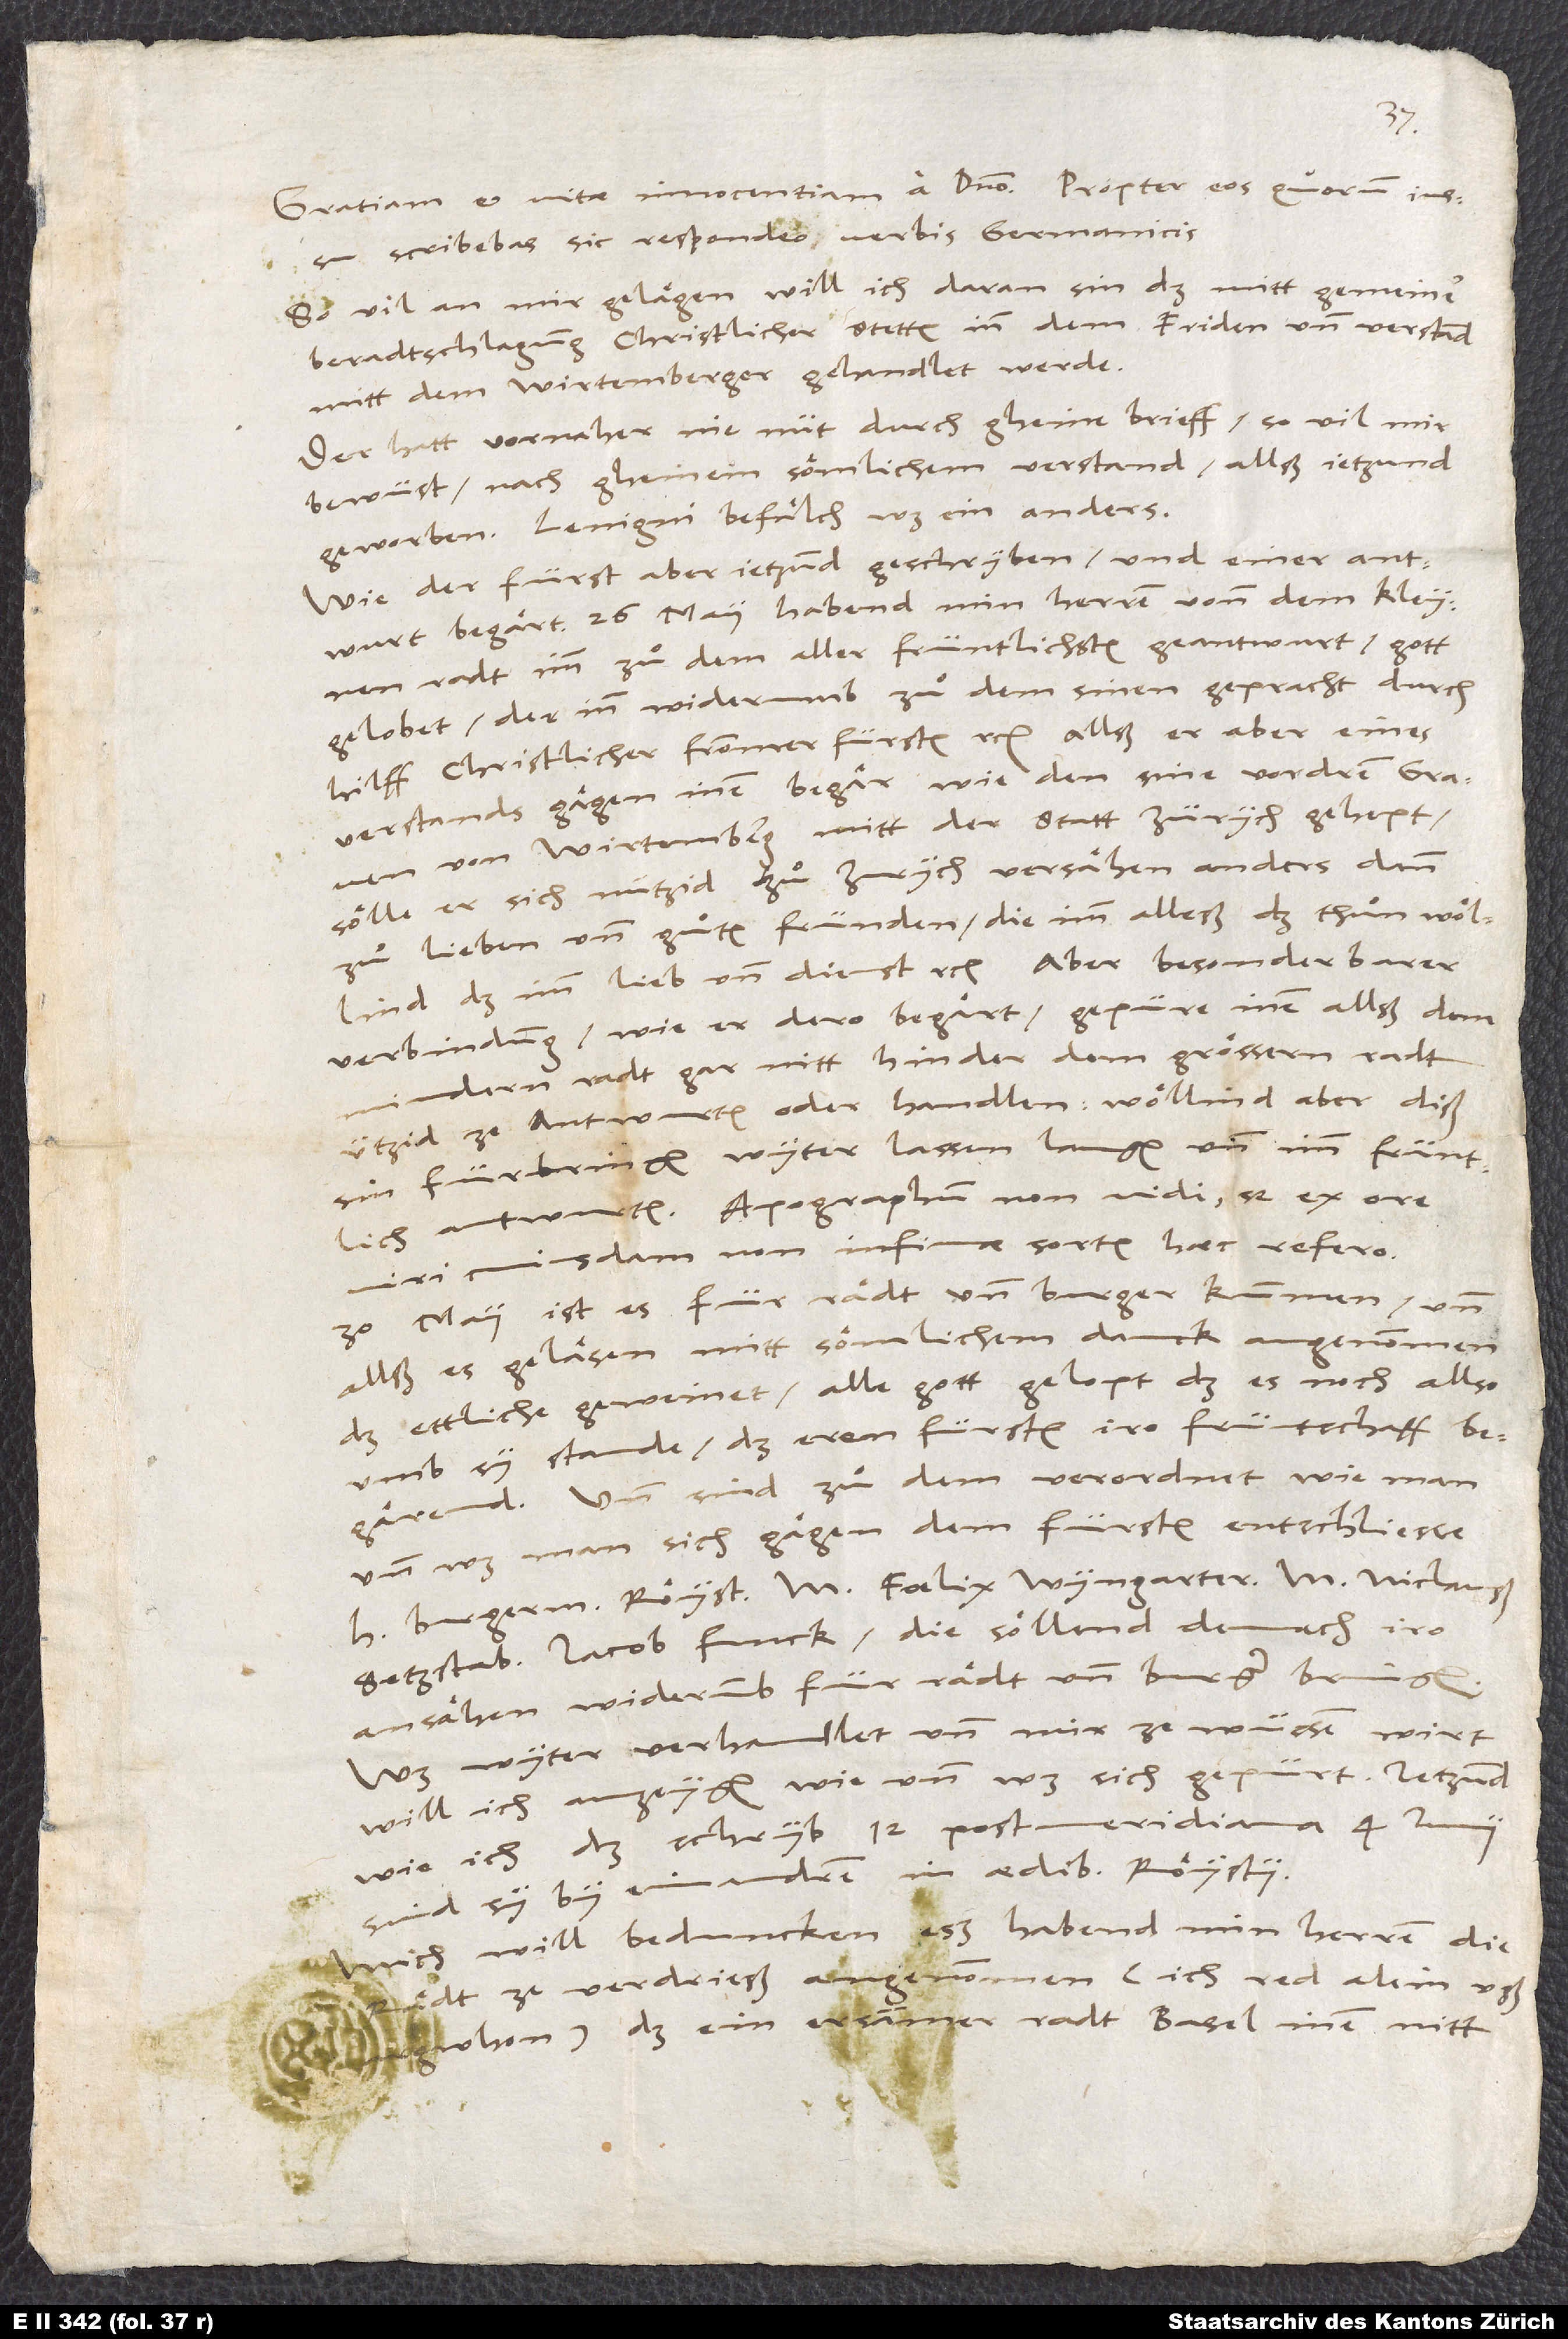
scribebas, sic respondeo verbis germanicis.
So vil an mir gelägen, will ich daran sin, daß mitt gemeiner
beradtschlagung christlicher stetten inn dem friden und verstand
mitt dem Wirtemberger gehandlet werde.
Der hatt vornaher nie nüt durch gheine brieff, so vil mir
bewüst, nach gheinem sömlichem verstand allß jetzund
geworben. Lenigni befälch was ein anders.
Wie der fürst aber jetzund geschryben und einer antwurt
begärt, 26. may habend min herren vonn dem kleynen
radt imm zuͦ dem allerfrüntlichsten geantwurt, gott
gelobet, der inn widerumb zuͦ dem sinen gepracht durch
hilff christlicher frommer fürsten etc. Allß er aber eines
verstands gägen inen begär, wie den sine vordren graven
von Wirtemberg mitt der statt Zürych gehept,
sölle er sich nützid zuͦ Zurych versähen anders dann
zuͦ lieben und guͦten fründen, die imm alleß das thuͦn wöllind,
das imm lieb und dienst etc. Aber besonderbarer
verbindung, wie er dero begärt, gepüre inen allß dem
mindern radt gar nitt, hinder dem grössern radt
ützid ze antwurten oder handlen; wöllind aber diß
sin fürbringen wyter lassen langen und imm früntlich
antwurten. Apographum non vidi, sed ex ore
viri cuiusdam non infimae sortis haec refero.
30. may ist es für rädt und burger kummen und
allß es geläsen, mitt sömlichem danck angenommen,
daß ettliche geweinet, alle gott gelopt, daß es noch allso
umb sy stande, daß eren fürsten iro früntschafft
begärend. Und sind zuͦ dem verordnet, wie man
und was man sich gägen dem fürsten entschliesse:
Setzstab, Jacob Funck; die söllend demnach iro
ansähen widerumb für rädt und burger bringen.
Was wyter verhandlet und mir ze wüssen wirt,
will ich anzeygen, wie und was sich gepürt. Jetzund,
wie ich das schryb, 12. postmeridiana 4. iunii,
sind sy by einandren in aedibus Röystii.
Mich will beduncken, eß habend min herren die
rädt ze verdrieß angenommen (ich red alein uß
argwhon), daß ein ersammer radt Basel inen nitt,